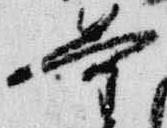
量